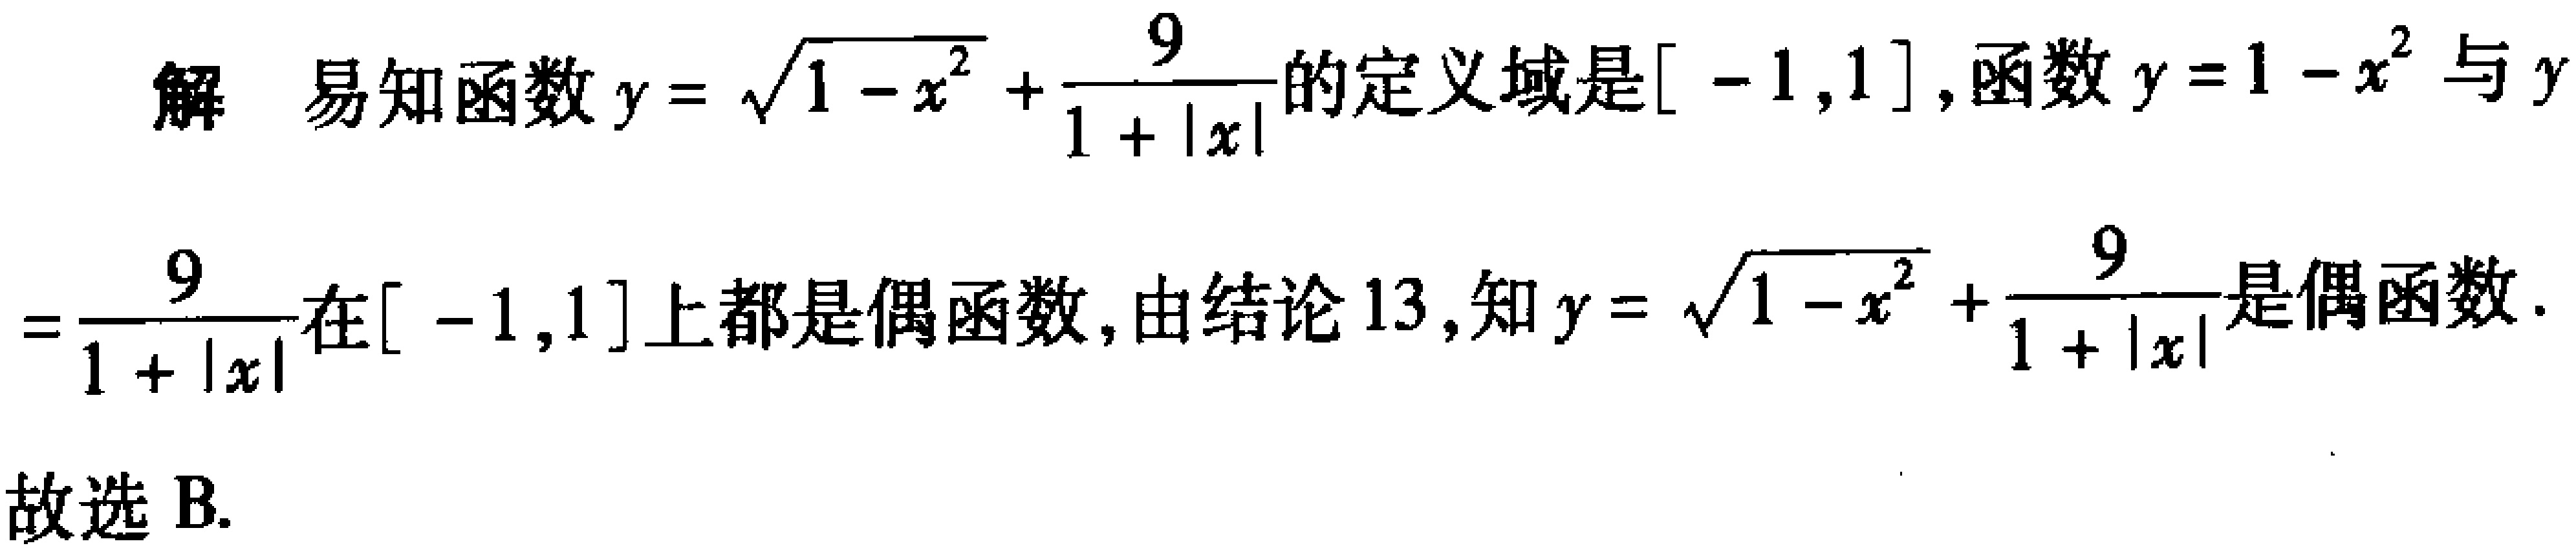
解 易知函数\(y = \sqrt{1 - x^{2}}+\frac{9}{1 + |x|}\)的定义域是\([ - 1,1]\)，函数\(y = 1 - x^{2}\)与\(y=\frac{9}{1 + |x|}\)在\([ - 1,1]\)上都是偶函数，由结论13，知\(y = \sqrt{1 - x^{2}}+\frac{9}{1 + |x|}\)是偶函数.

故选B.